Indian Civil Veterinary Department memoirs
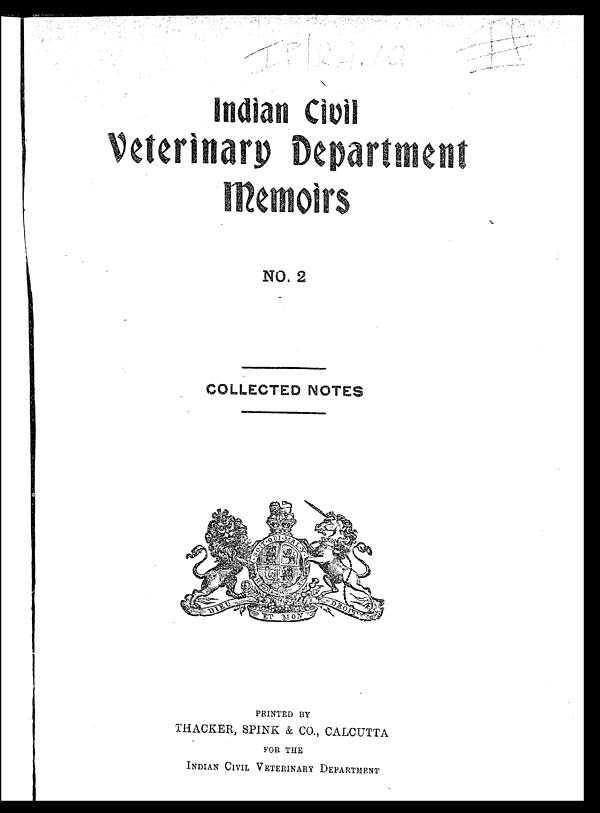
Indian Civil
Veterinary Department
Memoirs
NO. 2
COLLECTED NOTES
PRINTED BY
THACKER, SPINK & CO., CALCUTTA
FOR THE
INDIAN CIVIL VETERINARY DEPARTMENT